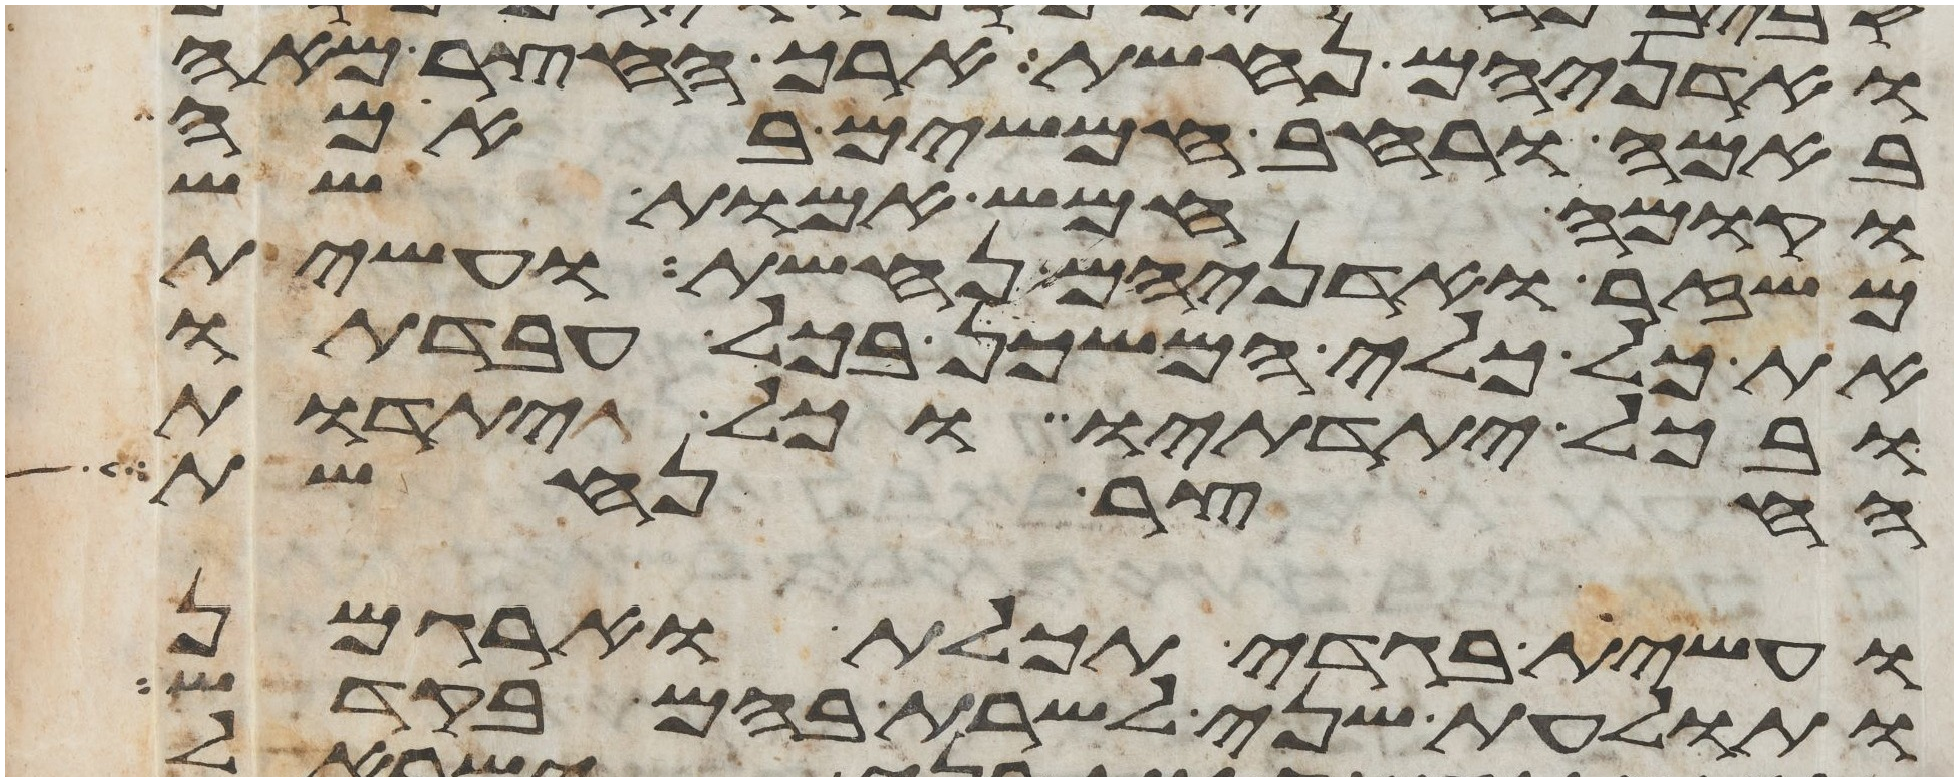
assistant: ואדניהם נחשת ארך החצר מאה
באמה ורחב חמשים באמה
וקומה חמש אמות שש
משזר ואדניהם נחשת ועשית
את כל כלי המשכן בכל עבדתו
ובכל יתדתיו וכל יתדות
החצר נחשת
ועשית בגדי תכלת וארגמן
ותולעת שני לשרת בהם בקדש